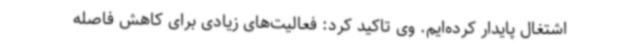
اشتغال پایدار کرده‌ایم. وی تاکید کرد: فعالیت‌های زیادی برای کاهش فاصله